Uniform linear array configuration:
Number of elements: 48
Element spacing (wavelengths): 0.25
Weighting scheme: kaiser
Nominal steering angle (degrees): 15
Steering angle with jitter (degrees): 13.775
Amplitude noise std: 0.05
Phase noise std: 0.05

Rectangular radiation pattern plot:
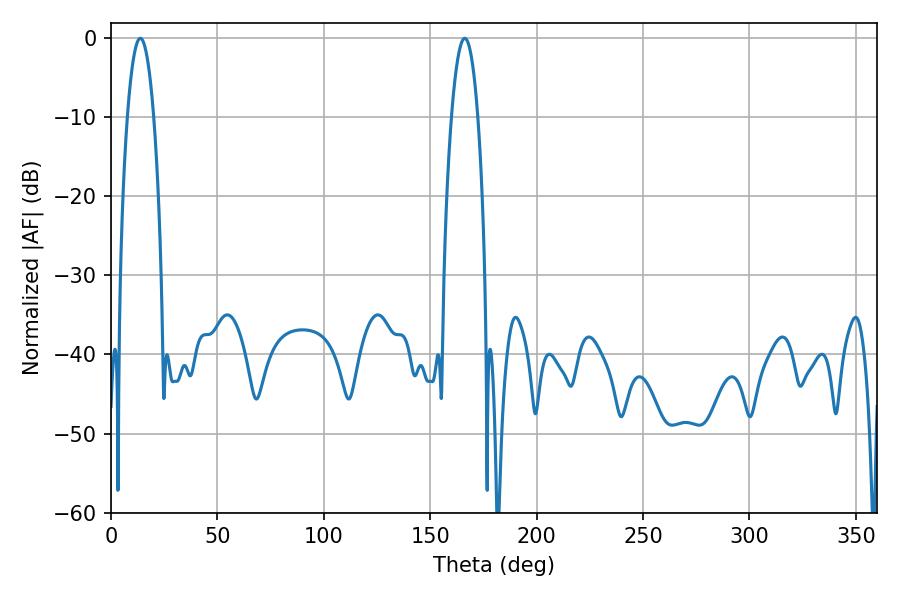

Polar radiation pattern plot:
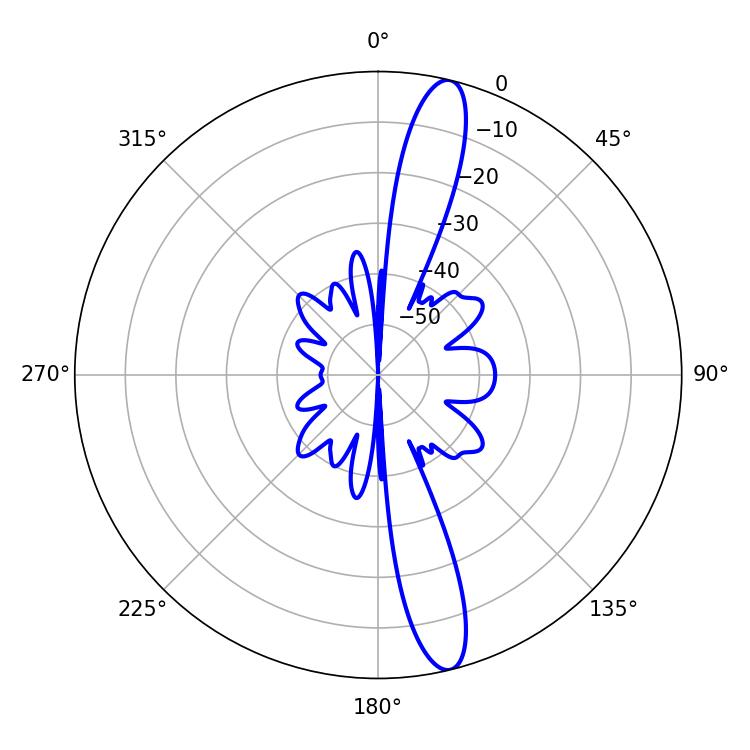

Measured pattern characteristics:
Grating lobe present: FALSE
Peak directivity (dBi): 15.12
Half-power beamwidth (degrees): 6.84
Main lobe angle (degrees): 13.86